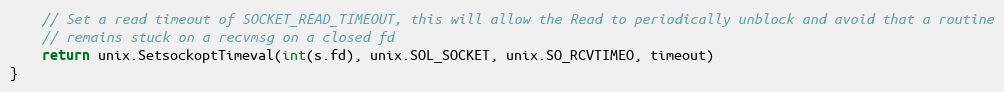
Language: Go
	// Set a read timeout of SOCKET_READ_TIMEOUT, this will allow the Read to periodically unblock and avoid that a routine
	// remains stuck on a recvmsg on a closed fd
	return unix.SetsockoptTimeval(int(s.fd), unix.SOL_SOCKET, unix.SO_RCVTIMEO, timeout)
}